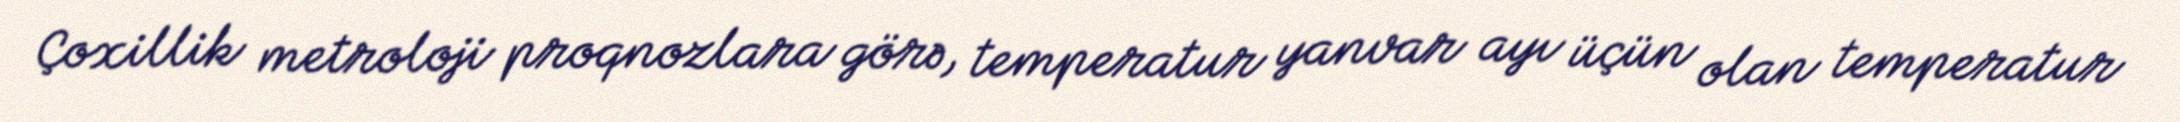
Çoxillik metroloji proqnozlara görə, temperatur yanvar ayı üçün olan temperatur